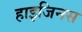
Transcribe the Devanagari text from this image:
हाइजिनस